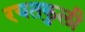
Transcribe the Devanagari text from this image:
रयतकुली